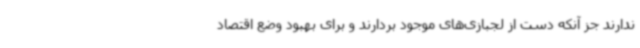
ندارند جز آنکه دست از لجبازی‌های موجود بردارند و برای بهبود وضع اقتصاد